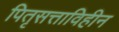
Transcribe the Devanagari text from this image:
पितृसत्ताविहीन